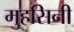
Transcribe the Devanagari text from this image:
मुहसिनी